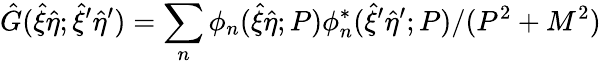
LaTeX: {\hat{G}}({\hat{\xi}}{\hat{\eta}};{\hat{\xi}}^{\prime}{\hat{\eta}}^{\prime})=\sum_{n}{\phi}_{n}({\hat{\xi}}{\hat{\eta}};P){\phi}_{n}^{*}({\hat{\xi}}^{\prime}{\hat{\eta}}^{\prime};P)/(P^{2}+M^{2})